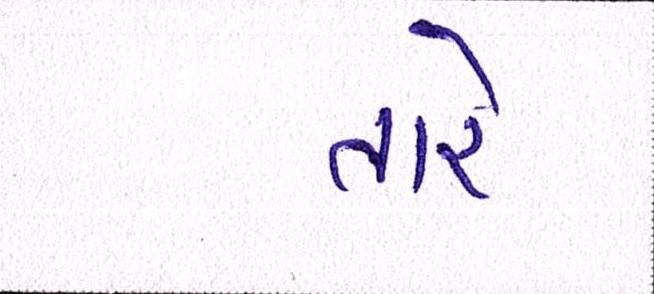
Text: તારે